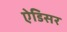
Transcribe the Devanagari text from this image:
ऐडिसर